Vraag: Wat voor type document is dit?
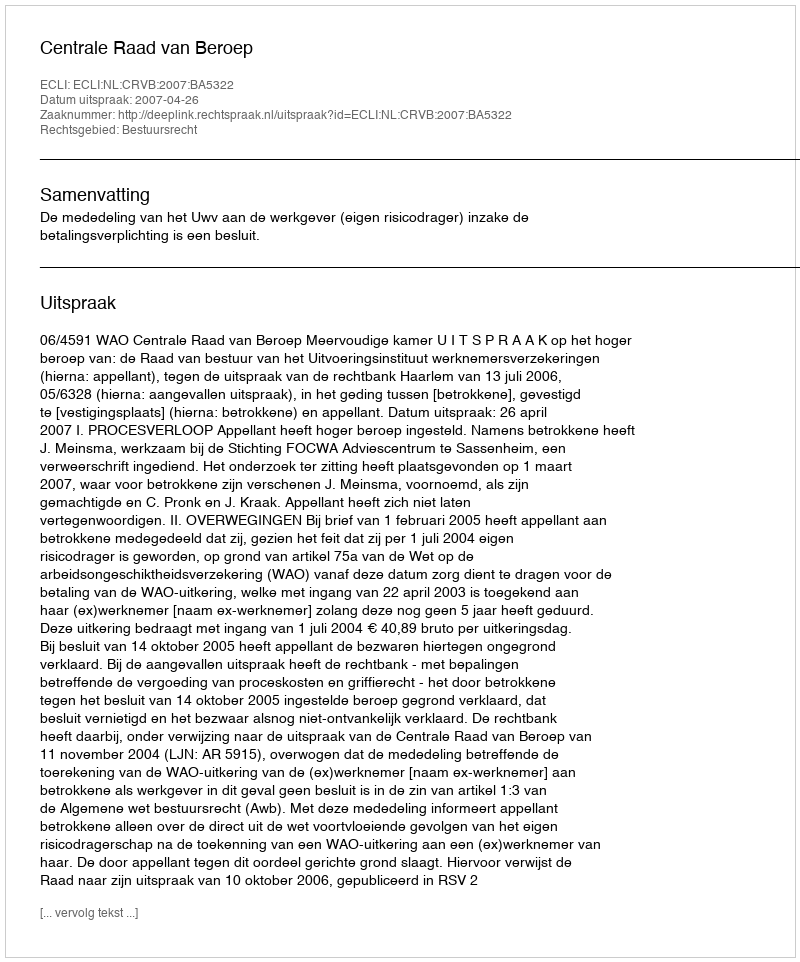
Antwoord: Uitspraak